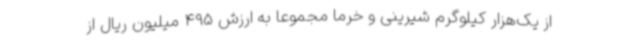
از یک‌هزار کیلوگرم شیرینی و خرما مجموعا به ارزش 495 میلیون ریال از